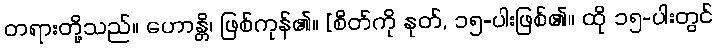
တရားတို့သည်။ ဟောန္တိ၊ ဖြစ်ကုန်၏။ [စိတ်ကို နုတ်, ၁၅-ပါးဖြစ်၏။ ထို ၁၅-ပါးတွင်